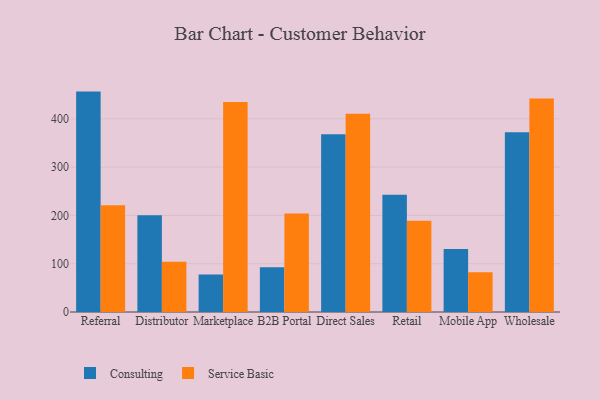
{"axis": {"x": "Channel", "y": "Satisfaction Score"}, "legend": ["Consulting", "Service Basic"], "data": [{"x": "Referral", "y": 456.4, "type": "Consulting"}, {"x": "Referral", "y": 221.3, "type": "Service Basic"}, {"x": "Distributor", "y": 200.4, "type": "Consulting"}, {"x": "Distributor", "y": 104.2, "type": "Service Basic"}, {"x": "Marketplace", "y": 77.7, "type": "Consulting"}, {"x": "Marketplace", "y": 435.1, "type": "Service Basic"}, {"x": "B2B Portal", "y": 92.5, "type": "Consulting"}, {"x": "B2B Portal", "y": 203.9, "type": "Service Basic"}, {"x": "Direct Sales", "y": 367.9, "type": "Consulting"}, {"x": "Direct Sales", "y": 410.4, "type": "Service Basic"}, {"x": "Retail", "y": 242.6, "type": "Consulting"}, {"x": "Retail", "y": 189.0, "type": "Service Basic"}, {"x": "Mobile App", "y": 130.4, "type": "Consulting"}, {"x": "Mobile App", "y": 82.2, "type": "Service Basic"}, {"x": "Wholesale", "y": 372.2, "type": "Consulting"}, {"x": "Wholesale", "y": 442.0, "type": "Service Basic"}]}